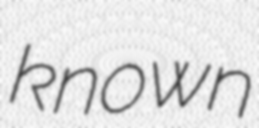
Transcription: known